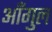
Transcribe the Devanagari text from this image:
आँगुल